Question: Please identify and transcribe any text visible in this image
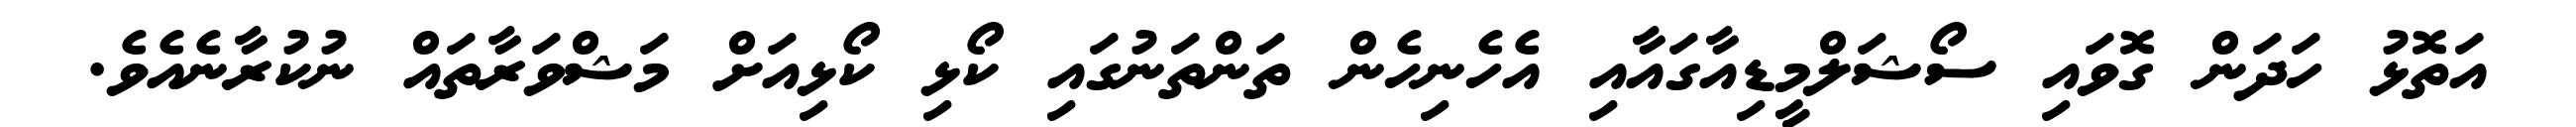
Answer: އަތޮޅު ހަދަން ގޮވައި ސޯޝަލްމީޑިއާގައާއި އެހެނިހެން ތަންތަނުގައި ކޯޅި ކޯޅިއަށް މަޝްވަރާތައް ނުކުރާނެއެވެ.